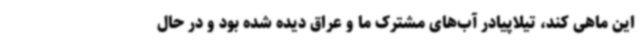
این ماهی کند، تیلاپیادر آب‌های مشترک ما و عراق دیده شده بود و در حال